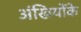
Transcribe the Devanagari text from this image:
अंखियोंके